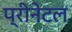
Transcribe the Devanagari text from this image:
प्रीनेटल